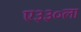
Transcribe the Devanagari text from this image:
ए३३०ला